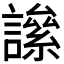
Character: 𧬀